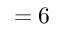
= 6